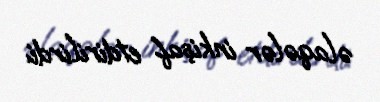
əlaqələr inkişaf etdirilirdi.